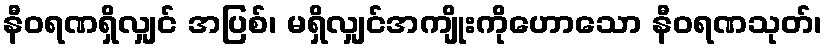
နီဝရဏရှိလျှင် အပြစ်၊ မရှိလျှင်အကျိုးကိုဟောသော နီဝရဏသုတ်၊